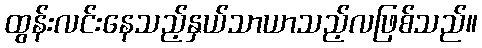
ထွန်းလင်းနေသည့်နှယ်သာယာသည့်လဖြစ်သည်။